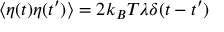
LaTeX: \left\langle \eta ( t ) \eta ( t ^ { \prime } ) \right\rangle = 2 k _ { B } T \lambda \delta ( t - t ^ { \prime } )